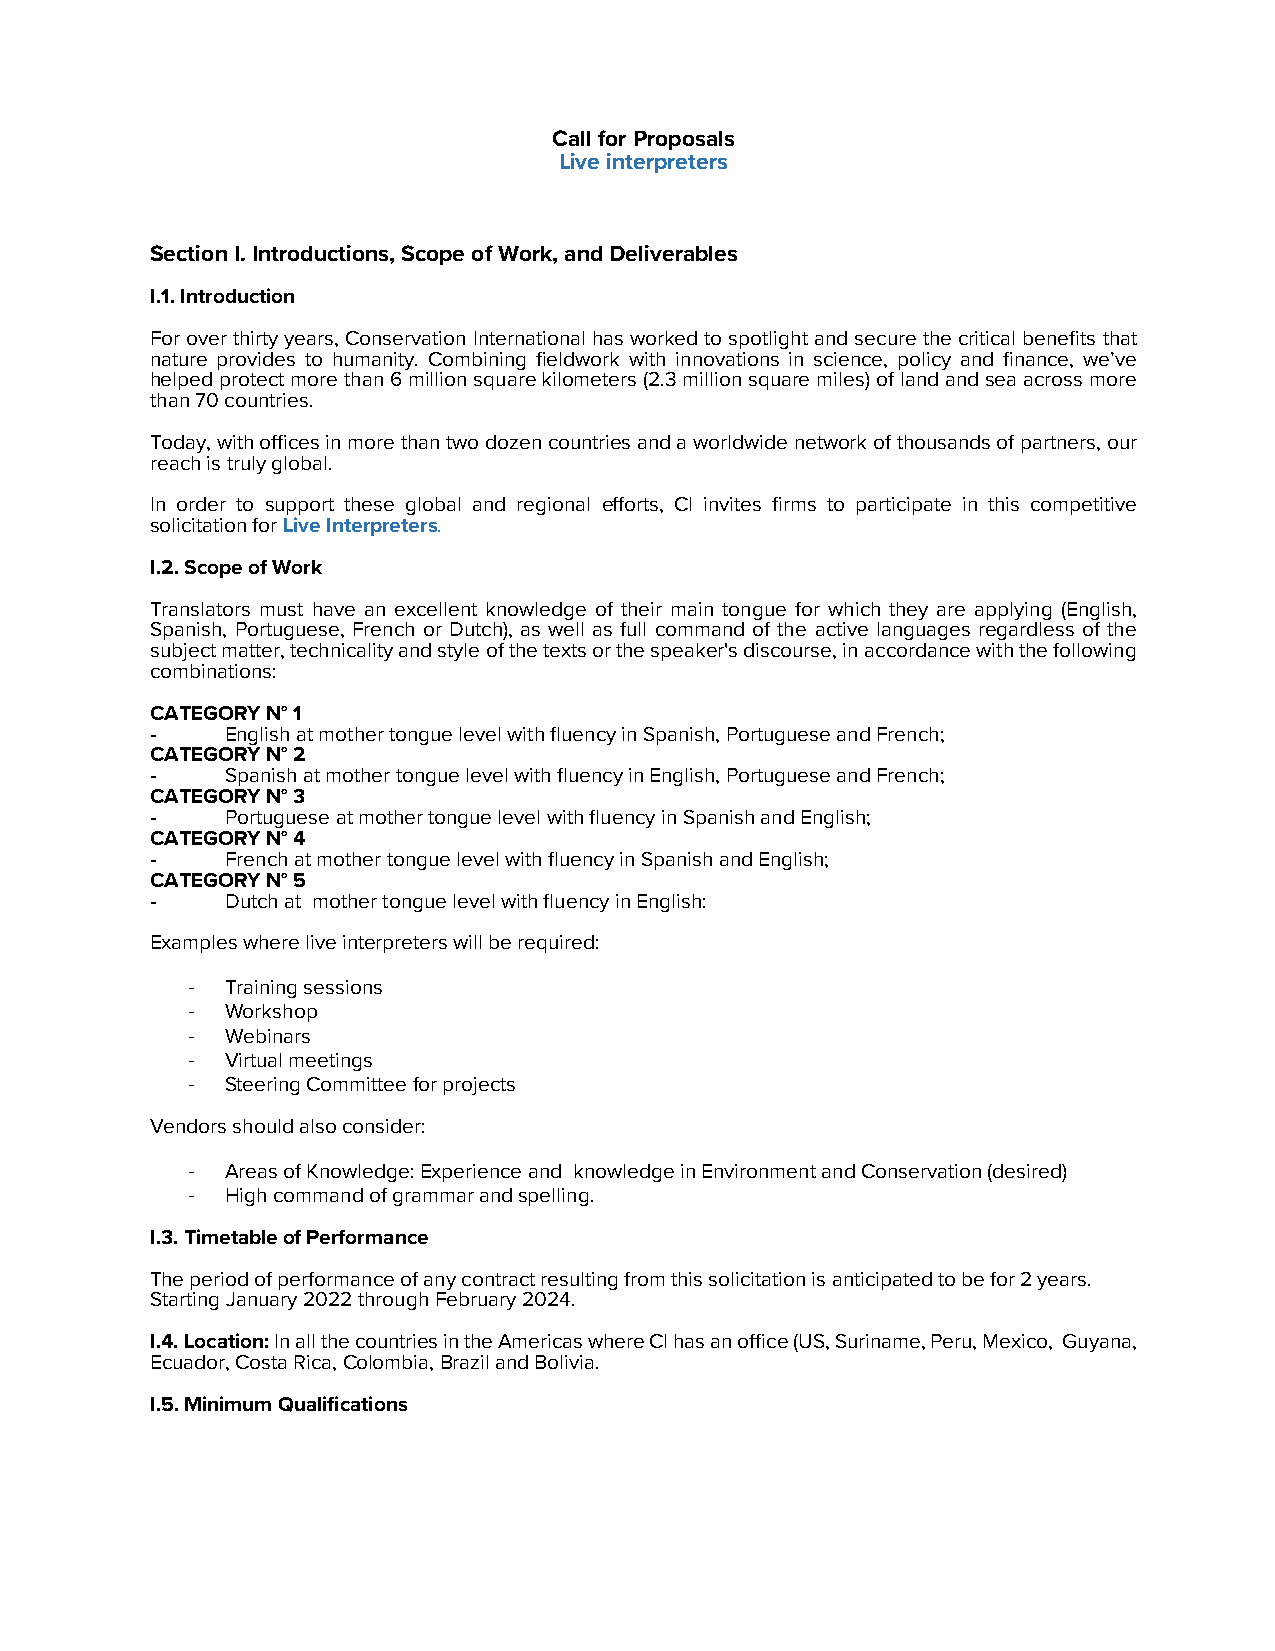
Call for Proposals
 Live interpreters
 Section I. Introductions, Scope of Work, and Deliverables
 I.1. Introduction
 For over thirty years, Conservation International has worked to spotlight and secure the critical benefits that
 nature provides to humanity. Combining fieldwork with innovations in science, policy and finance, we’ve
 helped protect more than 6 million square kilometers (2.3 million square miles) of land and sea across more
 than 70 countries.
 Today, with offices in more than two dozen countries and a worldwide network of thousands of partners, our
 reach is truly global.
 In order to support these global and regional efforts, CI invites firms to participate in this competitive
 solicitation for Live Interpreters.
 I.2. Scope of Work
 Translators must have an excellent knowledge of their main tongue for which they are applying (English,
 Spanish, Portuguese, French or Dutch), as well as full command of the active languages regardless of the
 subject matter, technicality and style of the texts or the speaker's discourse, in accordance with the following
 combinations:
 CATEGORY N° 1
 -    English at mother tongue level with fluency in Spanish, Portuguese and French;
 CATEGORY N° 2
 -    Spanish at mother tongue level with fluency in English, Portuguese and French;
 CATEGORY N° 3
 -    Portuguese at mother tongue level with fluency in Spanish and English;
 CATEGORY N° 4
 -    French at mother tongue level with fluency in Spanish and English;
 CATEGORY N° 5
 -    Dutch at mother tongue level with fluency in English:
 Examples where live interpreters will be required:
 -  Training sessions
 -  Workshop
 -  Webinars
 -  Virtual meetings
 -  Steering Committee for projects
 Vendors should also consider:
 -  Areas of Knowledge: Experience and knowledge in Environment and Conservation (desired)
 -  High command of grammar and spelling.
 I.3. Timetable of Performance
 The period of performance of any contract resulting from this solicitation is anticipated to be for 2 years.
 Starting January 2022 through February 2024.
 I.4. Location: In all the countries in the Americas where CI has an office (US, Suriname, Peru, Mexico, Guyana,
 Ecuador, Costa Rica, Colombia, Brazil and Bolivia.
 I.5. Minimum Qualifications